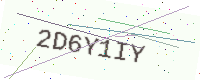
Text: 2D6Y1IY